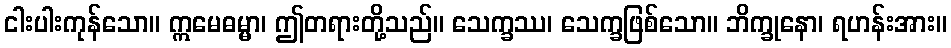
ငါးပါးကုန်သော။ ဣမေဓမ္မာ၊ ဤတရားတို့သည်။ သေက္ခဿ၊ သေက္ခဖြစ်သော။ ဘိက္ခုနော၊ ရဟန်းအား။